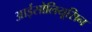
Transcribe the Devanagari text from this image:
आईसोलियूसिन